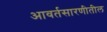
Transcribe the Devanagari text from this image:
आवर्तसारणीतील